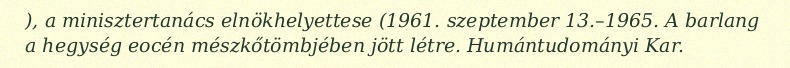
), a minisztertanács elnökhelyettese (1961. szeptember 13.–1965. A barlang a hegység eocén mészkőtömbjében jött létre. Humántudományi Kar.